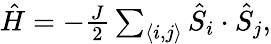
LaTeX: \begin{array}{r}{\hat{H}=-\frac{J}{2}\sum_{\langle i,j\rangle}\hat{S}_{i}\cdot\hat{S}_{j},}\end{array}